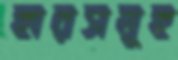
হারসমূহ